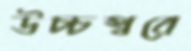
উচ্চস্বরে